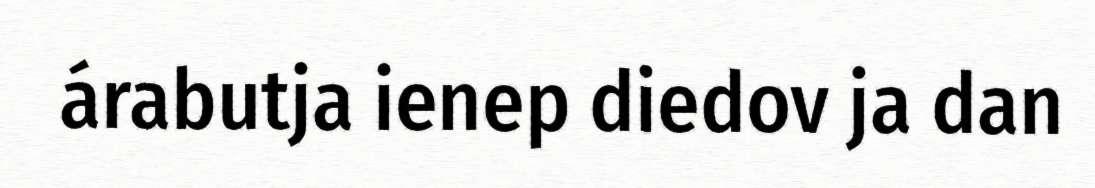
árabutja ienep diedov ja dan